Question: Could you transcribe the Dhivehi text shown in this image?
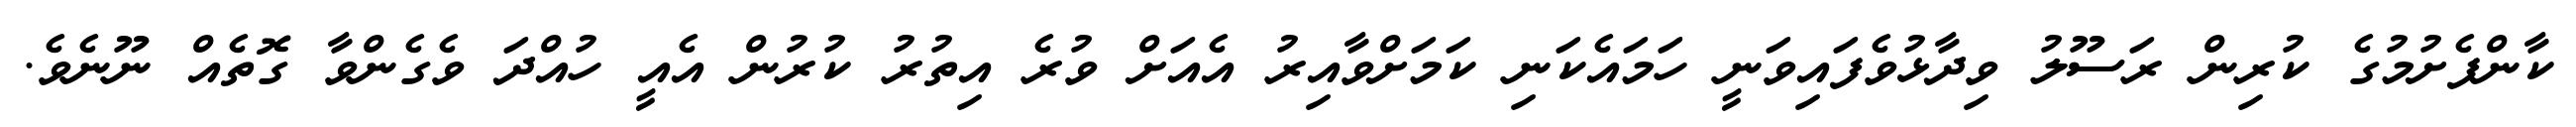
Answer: ކާންފެށުމުގެ ކުރިން ރަސޫލު ވިދާޅުވެފައިވަނީ ހަމައެކަނި ކަމަށްވާއިރު އެއަށް ވުރެ އިތުރު ކުރުން އެއީ ހުއްދަ ވެގެންވާ ގޮތެއް ނޫނެވެ.